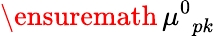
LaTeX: \ensuremath{\, \mu^{0}}_{pk}